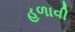
હળાવી